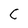
Character: C